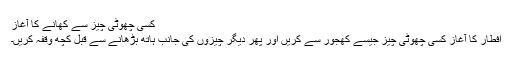
کسی چھوٹی چیز سے کھانے کا آغاز
افطار کا آغاز کسی چھوٹی چیز جیسے کھجور سے کریں اور پھر دیگر چیزوں کی جانب ہاتھ بڑھانے سے قبل کچھ وقفہ کریں۔